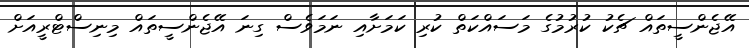
އޭޖެންސީތައް ޗެކު ކުރުމުގެ މަސައްކަތް ކުރި ކަމަށާއި ނަމަވެސް ގިނަ އޭޖެންސީތައް މިނިސްޓްރީއަށް